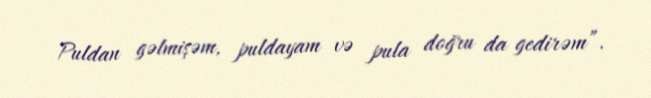
Puldan gəlmişəm, puldayam və pula doğru da gedirəm”.